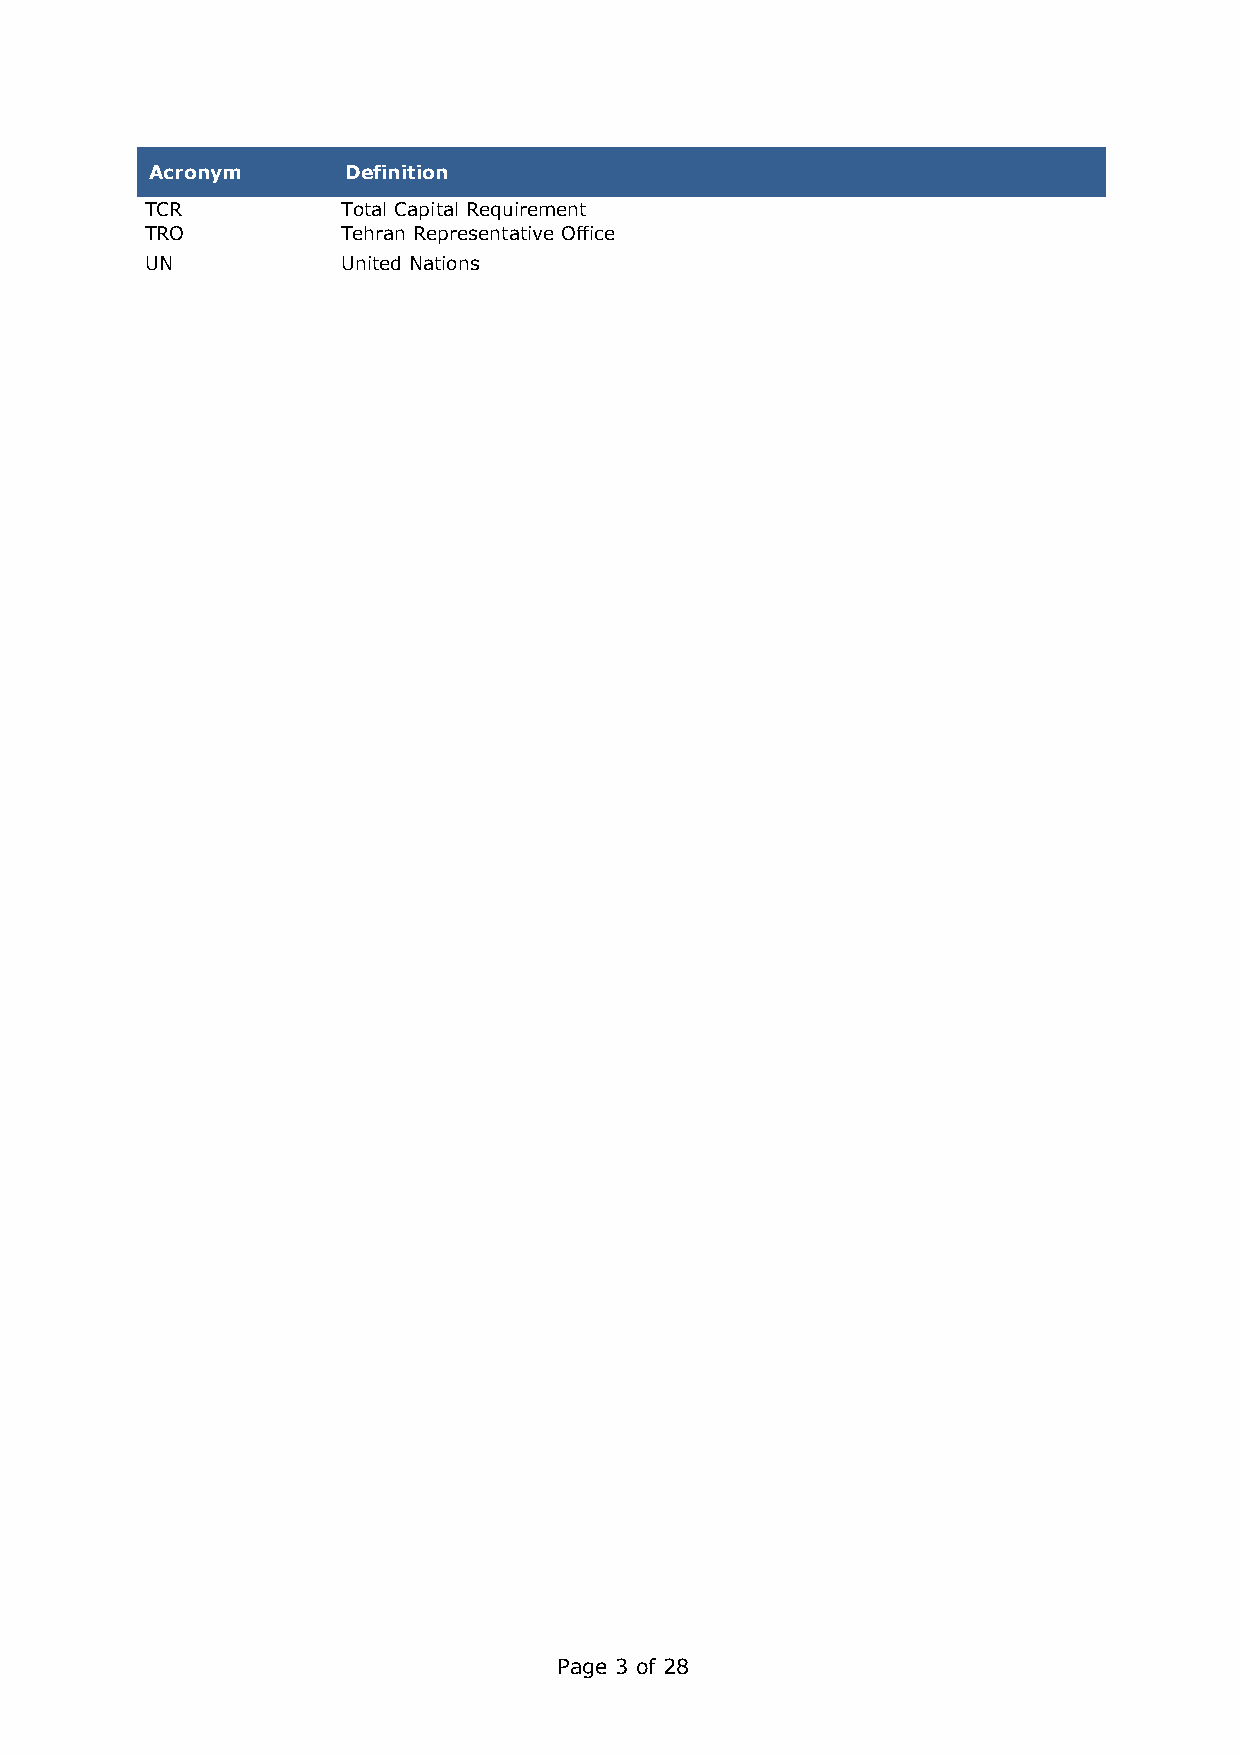
Acronym      Definition
 TCR          Total Capital Requirement
 TRO          Tehran Representative Office
 UN           United Nations
 Page 3 of 28